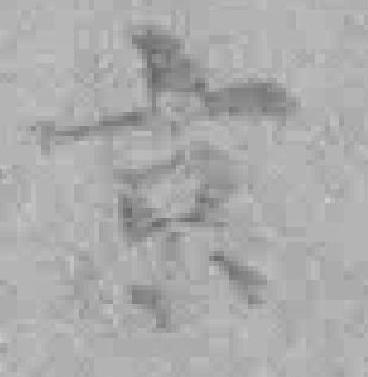
京